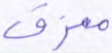
ممزق